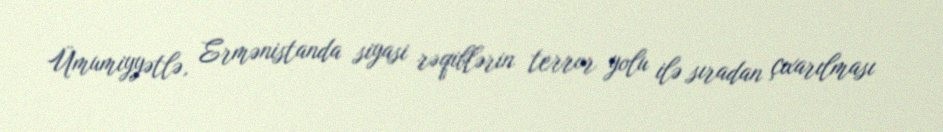
Ümumiyyətlə, Ermənistanda siyasi rəqiblərin terror yolu ilə sıradan çıxarılması